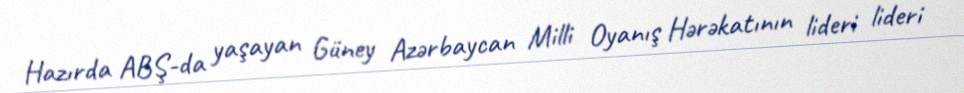
Hazırda ABŞ-da yaşayan Güney Azərbaycan Milli Oyanış Hərəkatının lideri lideri